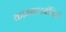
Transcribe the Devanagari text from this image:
कामबस्टबीलिटी